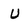
Character: U